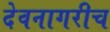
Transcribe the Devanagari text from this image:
देवनागरीच